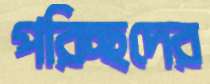
পরিচ্ছদের